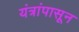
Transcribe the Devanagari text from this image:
यंत्रांपासून